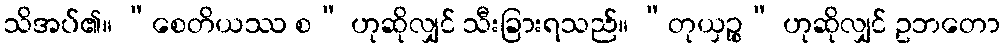
သိအပ်၏။ “စေတိယဿ စ” ဟုဆိုလျှင် သီးခြားရသည်။ “တုယှဉ္စ” ဟုဆိုလျှင် ဥဘတော